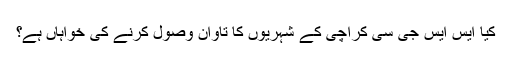
کیا ایس ایس جی سی کراچی کے شہریوں کا تاوان وصول کرنے کی خواہاں ہے؟